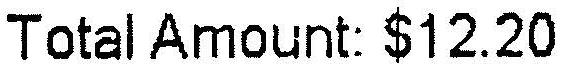
TOTAL AMOUNT: $12.20